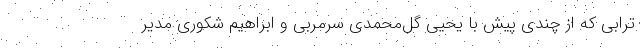
ترابی که از چندی پیش با یحیی گل‌محمدی سرمربی و ابراهیم شکوری مدیر